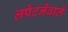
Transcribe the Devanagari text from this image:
लपेटनेवाले